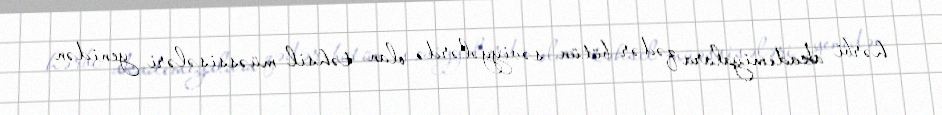
hərbi akademiyalara qədər bütün səviyyələrdə olan təhsil müəssisələri yenidən